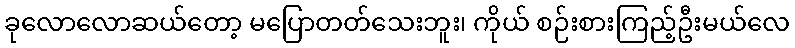
ခုလောလောဆယ်တော့ မပြောတတ်သေးဘူး၊ ကိုယ် စဉ်းစားကြည့်ဦးမယ်လေ